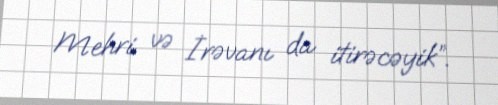
Mehri və İrəvanı da itirəcəyik”.